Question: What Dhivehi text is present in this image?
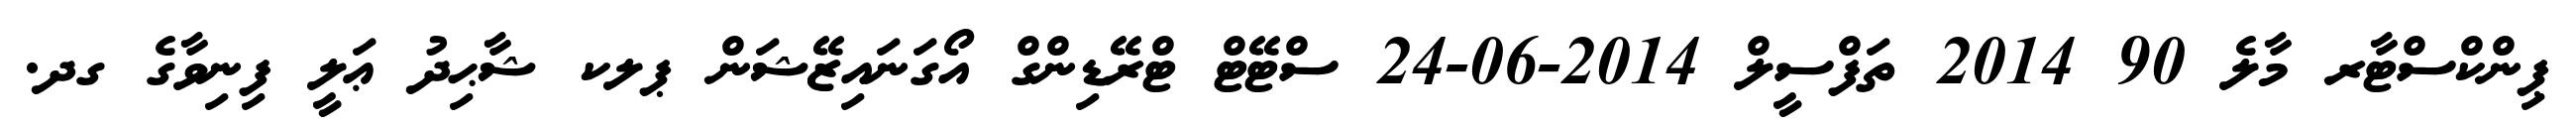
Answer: ޕިންކްސްޓާރ މާލެ 90 2014 ތަފްސީލް 2014-06-24 ސްޓޭޓް ޓްރޭޑިންގް އޯގަނައިޒޭޝަން ޕލކ ޝާޙިދު ޢަލީ ފިނިވާގެ ގދ.